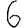
Digit: 6